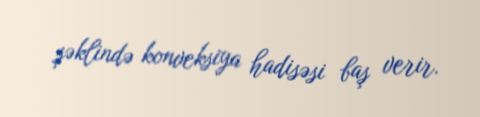
şəklində konveksiya hadisəsi baş verir.